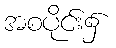
အစပိုင်း၌